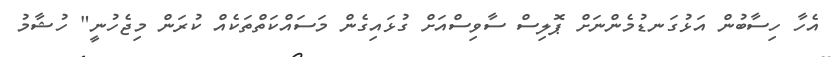
އެހާ ހިސާބުން އަޅުގަނޑުމެންނަށް ޕޮލިސް ސާވިސްއަށް ގުޅައިގެން މަސައްކަތްތަކެއް ކުރަން މިޖެހުނީ" ހުޝާމު